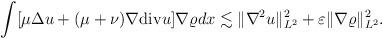
LaTeX: \begin{align*}\begin{aligned}\int [\mu \Delta u+(\mu+\nu)\nabla {\rm div}u]\nabla \varrho dx\lesssim \|\nabla^2 u\|_{L^2}^2 + \varepsilon\|\nabla \varrho\|_{L^2}^2.\end{aligned}\end{align*}